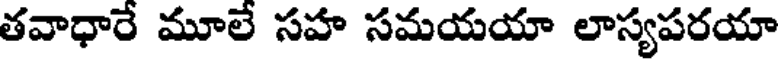
తవాధారే మూలే సహ సమయయా లాస్యపరయా